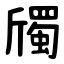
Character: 斶